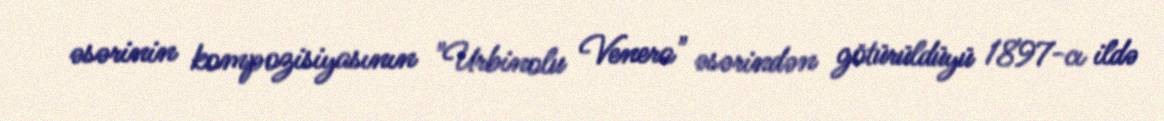
əsərinin kompozisiyasının "Urbinolu Venera" əsərindən götürüldüyü 1897-cı ildə